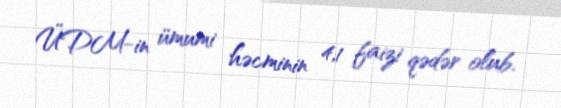
ÜDM-in ümumi həcminin 4,1 faizi qədər olub.